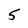
Character: 5